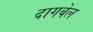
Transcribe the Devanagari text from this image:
दागबेल